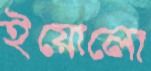
ইয়োলো